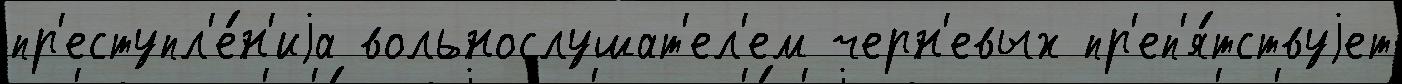
пр'еступл'е́н'иjа вольнослушат'ел'ем черн'евых пр'еп'я́тствуjет